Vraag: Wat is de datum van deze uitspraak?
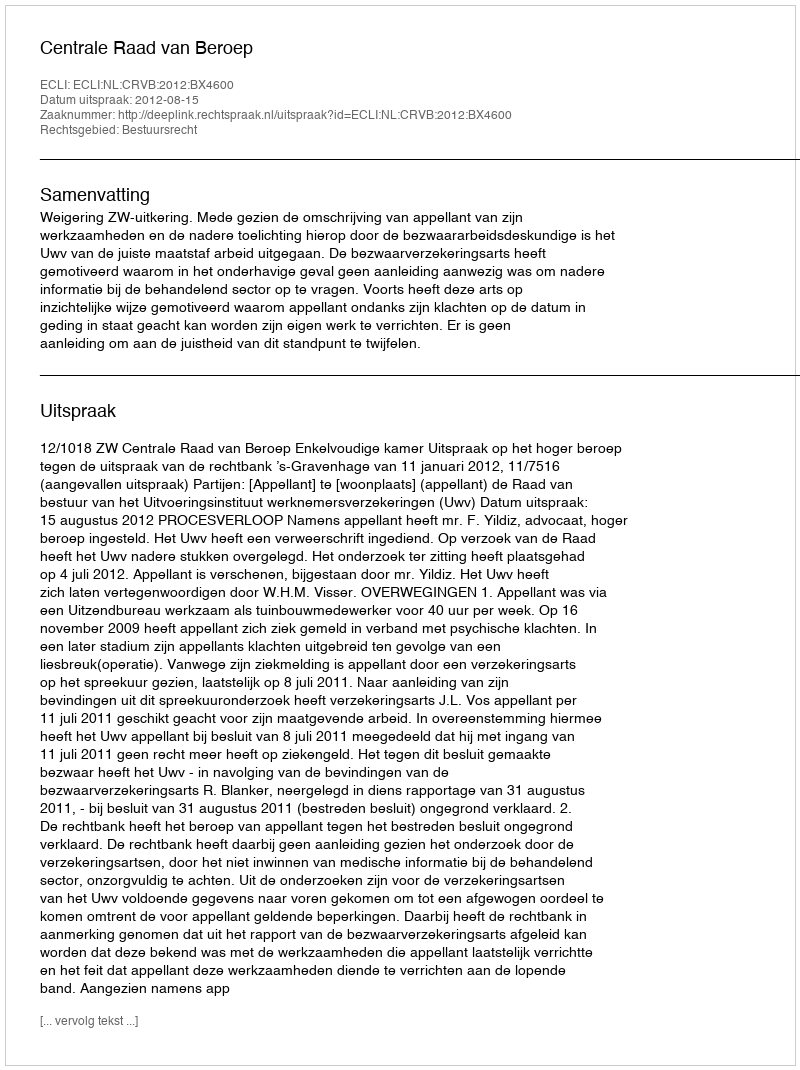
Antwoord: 2012-08-15